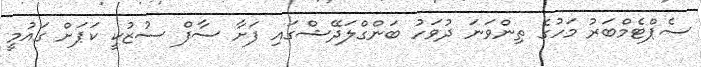
ސެޕްޓެމްބަރު މަހުގެ ތިންވަނަ ދުވަހު ބަންގްލަދޭޝްގައި ފަށާ ސާފް ސުޒުކީ ކަޕަށް ގައުމީ